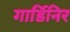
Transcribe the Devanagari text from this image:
गार्डिनिर